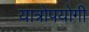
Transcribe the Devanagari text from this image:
यात्रोपयोगी